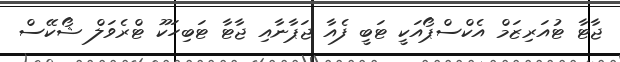
ޖާޓާ ޓުއަރިޒަމް އެކްސްޕޯއަކީ ޓަބީ ފެއާ ޖަޕާނާއި ޖާޓާ ޓަބިހަކޫ ޓްރެވަލް ޝޯކޭސް